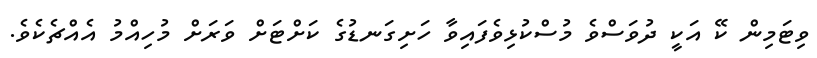
ވިޓަމިން ކޭ އަކީ ދުވަސްވެ މުސްކުޅިވެފައިވާ ހަށިގަނޑުގެ ކަށްޓަށް ވަރަށް މުހިއްމު އެއްޗެކެވެ.